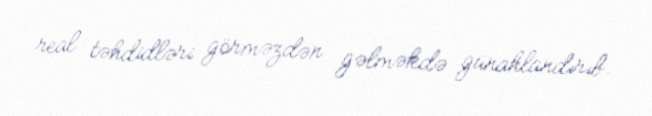
real təhdidləri görməzdən gəlməkdə günahlandırıb.